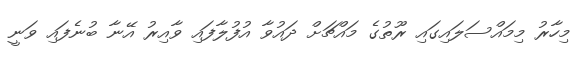
މިހާރު މިމައްސަލައިގައި ރޫތުގެ މައްޗަށް ދައުވާ އުފުލާފައި ވާއިރު އޭނާ ބުނެފައި ވަނީ